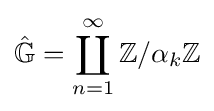
{\hat {\mathbb {G} }}=\coprod _{n=1}^{\infty }\mathbb {Z} /\alpha _{k}\mathbb {Z}